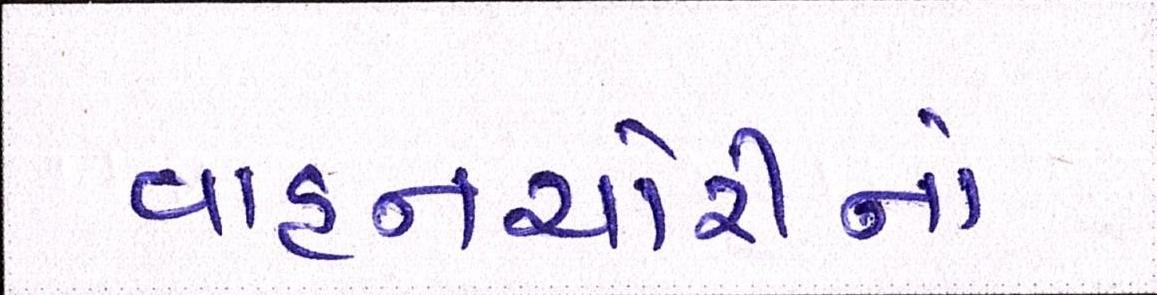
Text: વાહનચોરીનો